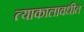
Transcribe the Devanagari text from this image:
त्याकालावधीत